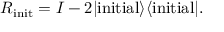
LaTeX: R _ { \mathrm { i n i t } } = I - 2 | \mathrm { i n i t i a l } \rangle \langle \mathrm { i n i t i a l } | .